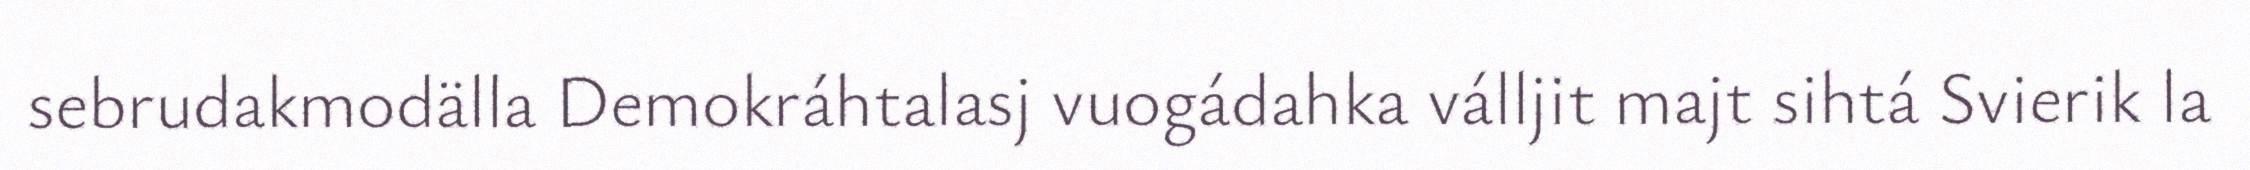
sebrudakmodälla Demokráhtalasj vuogádahka válljit majt sihtá Svierik la